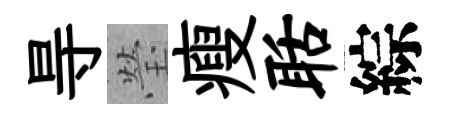
㝵瑩瘦聒綜